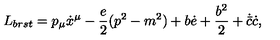
L _ { b r s t } = p _ { \mu } \dot { x } ^ { \mu } - \frac { e } { 2 } ( p ^ { 2 } - m ^ { 2 } ) + b \dot { e } + \frac { b ^ { 2 } } { 2 } + \dot { \bar { c } } \dot { c } ,